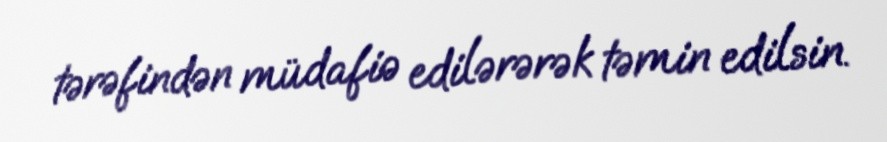
tərəfindən müdafiə edilərərək təmin edilsin.